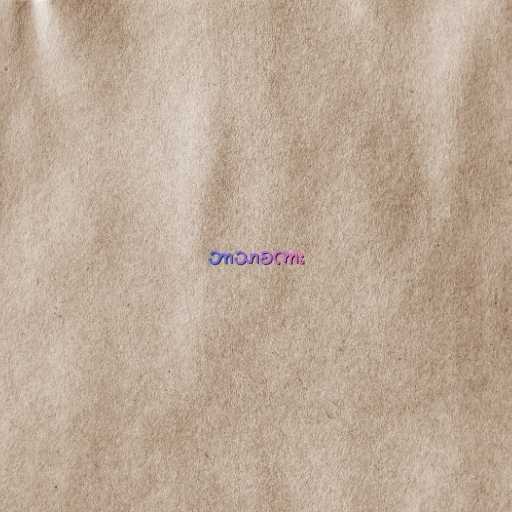
ဘာသာစကား